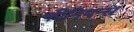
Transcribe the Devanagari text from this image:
फीनियन्स